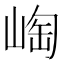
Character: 𱛵